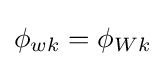
{\phi _{wk}=\phi _{Wk}}